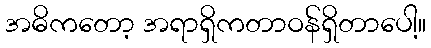
အဓိကတော့ အရာရှိကတာဝန်ရှိတာပေါ့။